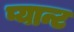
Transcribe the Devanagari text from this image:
प्यान्ट